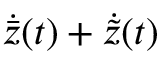
\dot { \bar { z } } ( t ) + \dot { \tilde { z } } ( t )